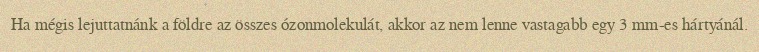
Ha mégis lejuttatnánk a földre az összes ózonmolekulát, akkor az nem lenne vastagabb egy 3 mm-es hártyánál.